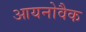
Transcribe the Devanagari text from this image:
आयनोवैक